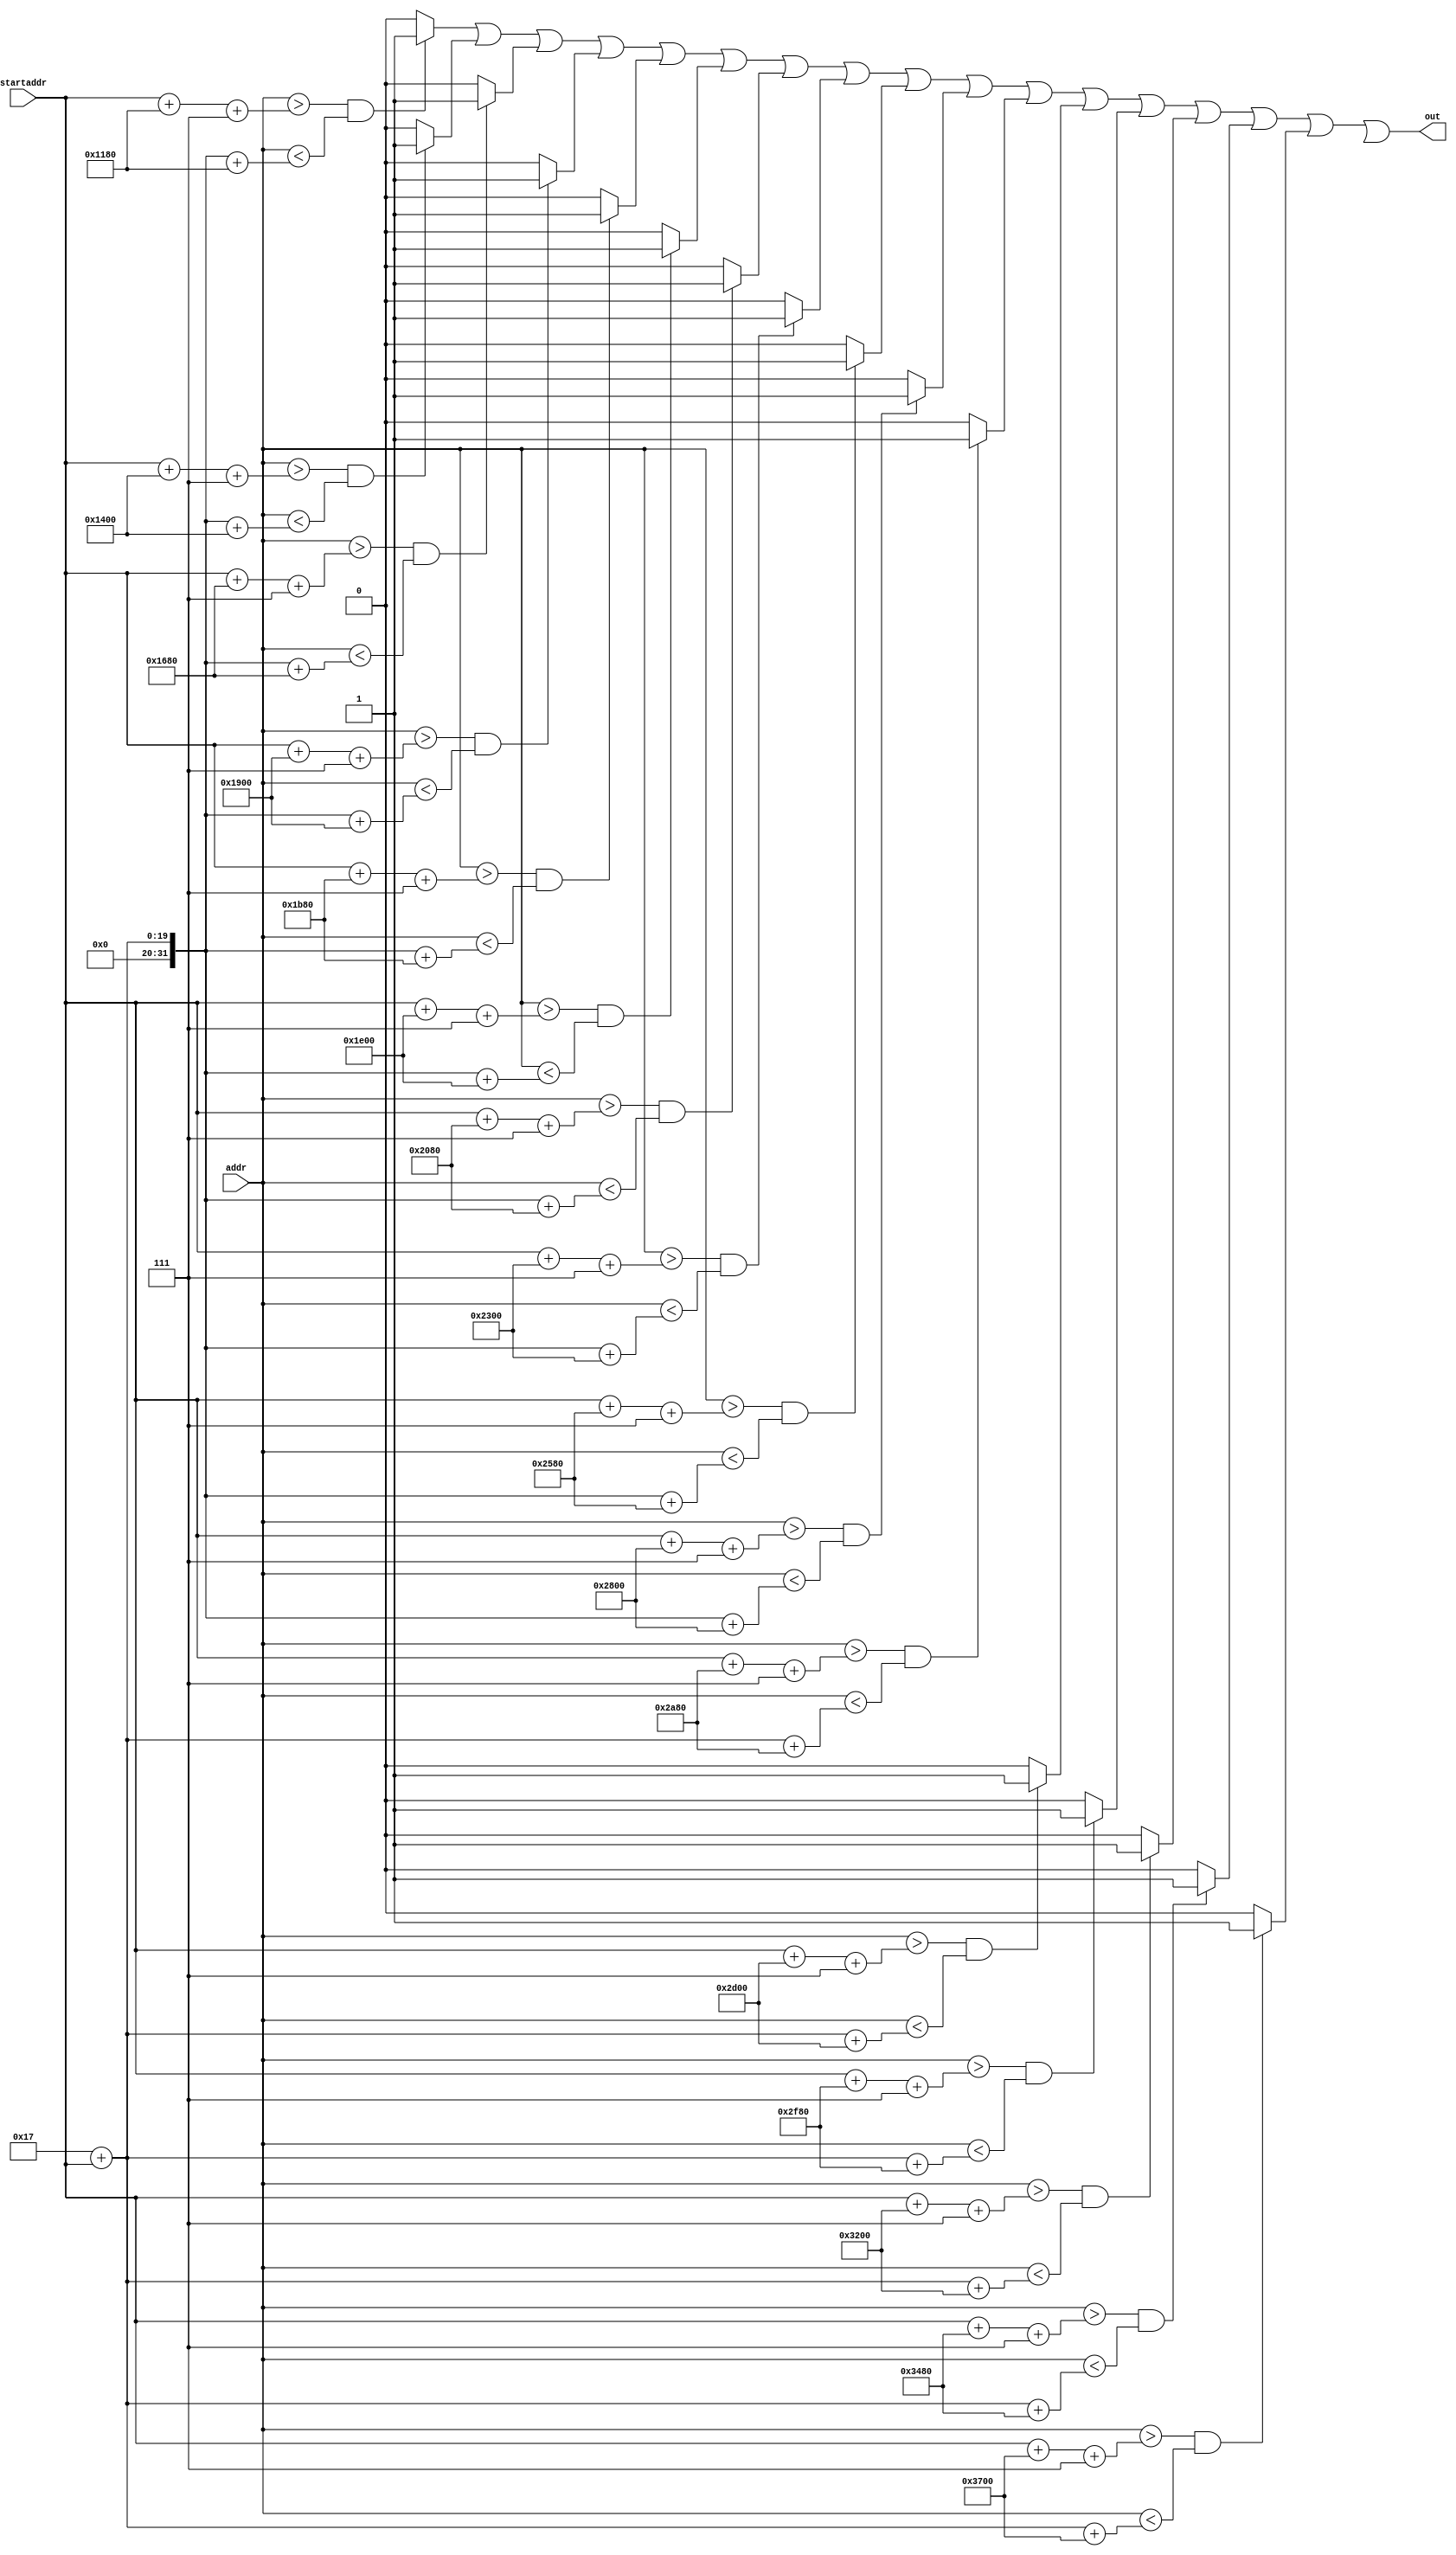
module checkXbyYmenucenter(startaddr, addr,out); 
input[18:0] addr, startaddr;
output out;

wire[29:0] temp;

genvar i;
generate
	for (i=7;i<23;i=i+1) begin: loop
		assign temp[i] = (addr > (startaddr + i*640+7)) && (addr < (23 + startaddr + i*640)) ? 1'b1 : 1'b0;
	end
endgenerate

or getOut(out,temp[7],temp[8],temp[9],temp[10],
	temp[11],temp[12],temp[13],temp[14],temp[15],temp[16],temp[17],temp[18],temp[19],temp[20],
	temp[21],temp[22],temp[23]);

endmodule